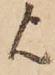
欤